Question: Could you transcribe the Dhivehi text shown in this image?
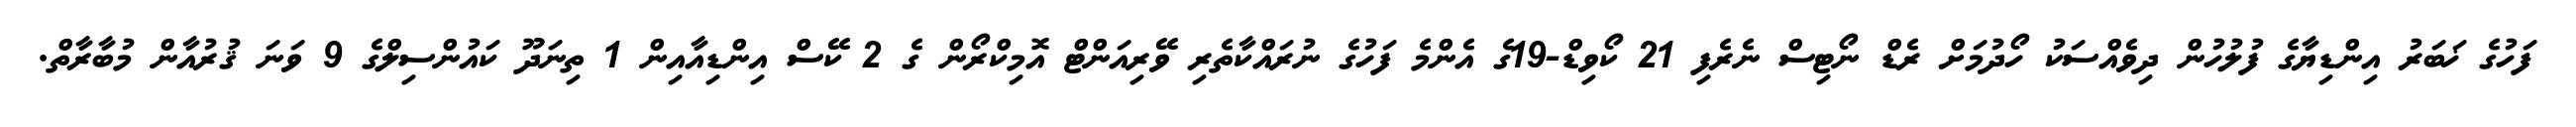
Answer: ފަހުގެ ޚަބަރު އިންޑިޔާގެ ފުލުހުން ދިވެއްސަކު ހޯދުމަށް ރެޑް ނޯޓިސް ނެރެފި 21 ކޯވިޑް-19ގެ އެންމެ ފަހުގެ ނުރައްކާތެރި ވޭރިއަންޓް އޮމިކްރޯން ގެ 2 ކޭސް އިންޑިއާއިން 1 ތިނަދޫ ކައުންސިލްގެ 9 ވަނަ ޤުރުއާން މުބާރާތް.